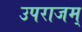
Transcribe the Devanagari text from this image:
उपराजम्